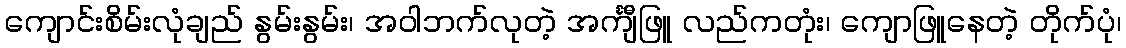
ကျောင်းစိမ်းလုံချည် နွမ်းနွမ်း၊ အဝါဘက်လုတဲ့ အင်္ကျီဖြူ လည်ကတုံး၊ ကျောဖြူနေတဲ့ တိုက်ပုံ၊